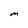
Character: M